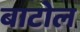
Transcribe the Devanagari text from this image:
बाटोल